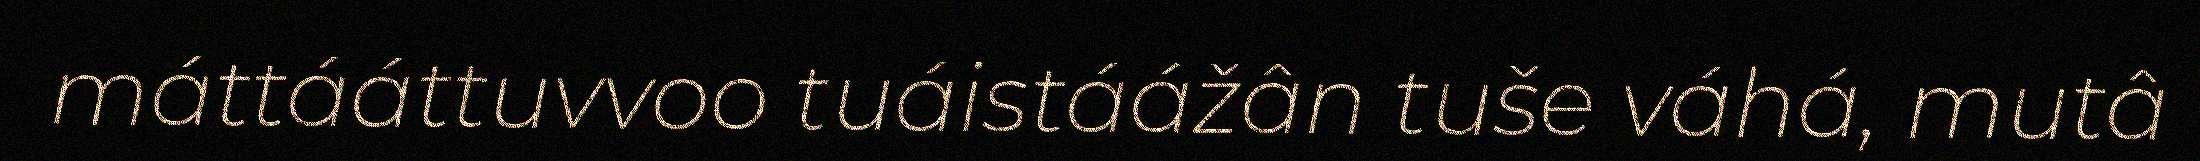
máttááttuvvoo tuáistáážân tuše váhá, mutâ